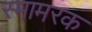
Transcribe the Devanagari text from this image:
स्मामरक